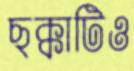
ছক্কাটিও